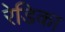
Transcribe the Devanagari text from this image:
रेडिका